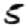
Digit: 5